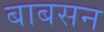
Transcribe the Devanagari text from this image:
बाबसन